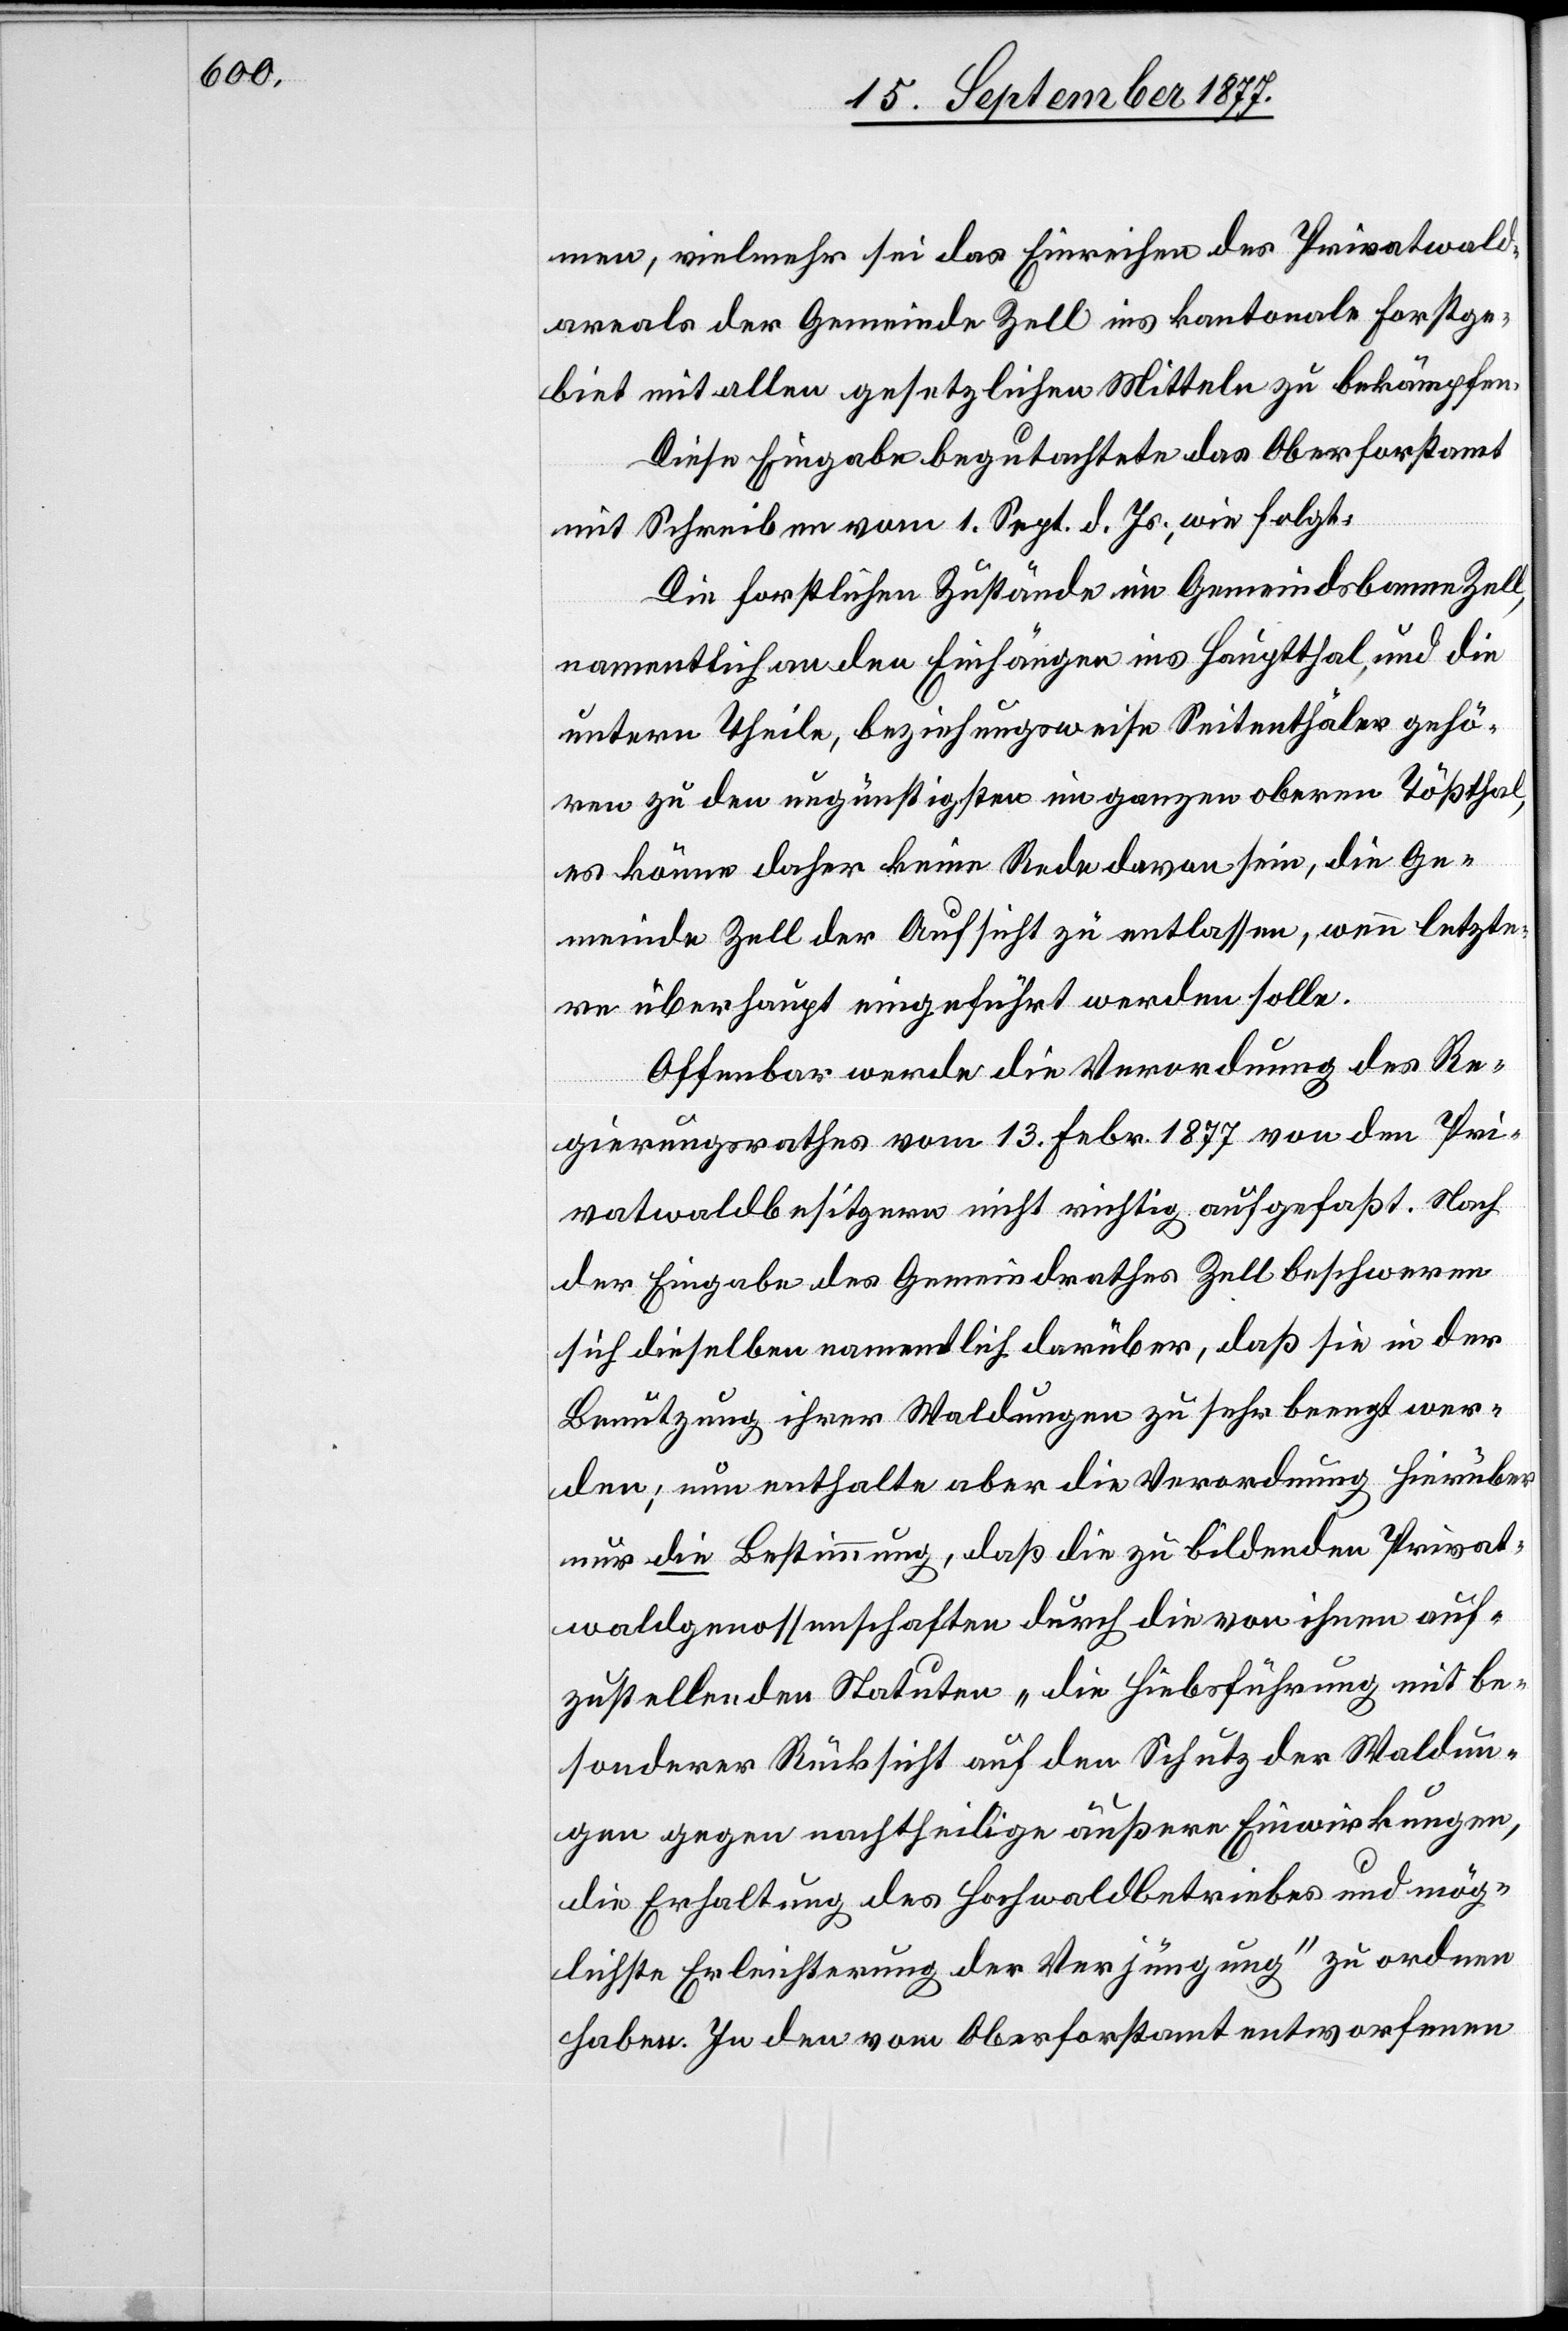
men, vielmehr sei das Einreihen des Privatwald¬
areals der Gemeinde Zell ins kantonale Forstge¬
biet mit allen gesetzlichen Mitteln zu bekämpfen.
Diese Eingabe begutachtete das Oberforstamt
mit Schreiben vom 1. Sept. d. Js., wie folgt:
Die forstlichen Zustände im Gemeindsbanne Zell,
namentlich an den Einhängen ins Hauptthal, und die
untern Theile, beziehungsweise Seitenthäler gehö¬
ren zu den ungünstigsten im ganzen oberen Tößthal,
es könne daher keine Rede davon sein, die Ge¬
meinde Zell der Aufsicht zu entlassen, wenn letzte¬
re überhaupt eingeführt werden solle.
Offenbar werde die Verordnung des Re¬
gierungsrathes vom 13. Febr. 1877 von den Pri¬
vatwaldbesitzern nicht richtig aufgefaßt. Nach
der Eingabe des Gemeindrathes Zell beschweren
sich dieselben namentlich darüber, daß sie in der
Benutzung ihrer Waldungen zu sehr beengt wer¬
den; nun enthalte aber die Verordnung hierüber
nur die Bestimmung, daß die zu bildenden Privat¬
waldgenossenschaften durch die von ihnen auf¬
zustellenden Statuten „die Hiebsführung mit be¬
sonderer Rücksicht auf den Schutz der Waldun¬
gen gegen nachtheilige äußere Einwirkungen,
die Erhaltung des Hochwaldbetriebes und mög¬
lichste Erleichterung der Verjüngung“ zu ordnen
haben. In den vom Oberforstamt entworfenen